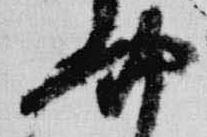
四